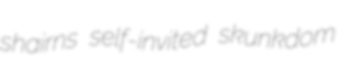
shairns self-invited skunkdom